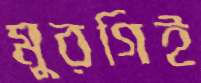
মুরগিই